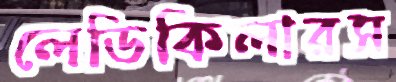
লেডিকিলারস